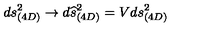
d s _ { ( 4 D ) } ^ { 2 } \rightarrow d \widehat { s } _ { ( 4 D ) } ^ { 2 } = V d s _ { ( 4 D ) } ^ { 2 }